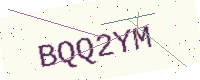
Text: BQQ2YM